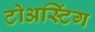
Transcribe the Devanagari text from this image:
टोअस्टिंग